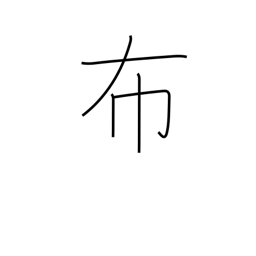
Meaning: spread